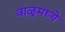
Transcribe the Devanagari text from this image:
वाळूमध्ये